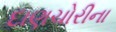
દાણચોરીના